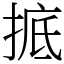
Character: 掋